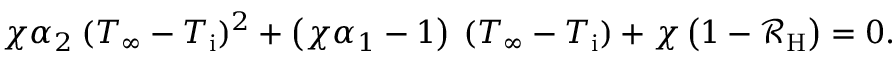
\chi \alpha _ { 2 } \: ( T _ { \infty } - T _ { \mathrm { i } } ) ^ { 2 } + \left( \chi \alpha _ { 1 } - 1 \right) \: ( T _ { \infty } - T _ { \mathrm { i } } ) + \chi \left( 1 - \mathcal { R } _ { \mathrm { H } } \right) = 0 .